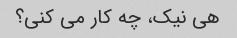
هی نیک، چه کار می کنی؟